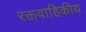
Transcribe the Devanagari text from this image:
रक्तवाहिकीय